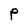
Character: P